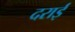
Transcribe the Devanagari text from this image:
दराई